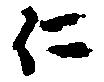
仁